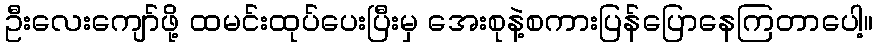
ဦးလေးကျော်ဖို့ ထမင်းထုပ်ပေးပြီးမှ အေးစုနဲ့စကားပြန်ပြောနေကြတာပေါ့။